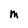
Character: M